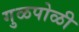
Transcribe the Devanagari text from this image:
गुळपोळी